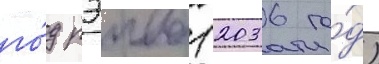
го́д рэива (2036 го́д)